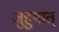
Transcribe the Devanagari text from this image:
जुहुयात्‌